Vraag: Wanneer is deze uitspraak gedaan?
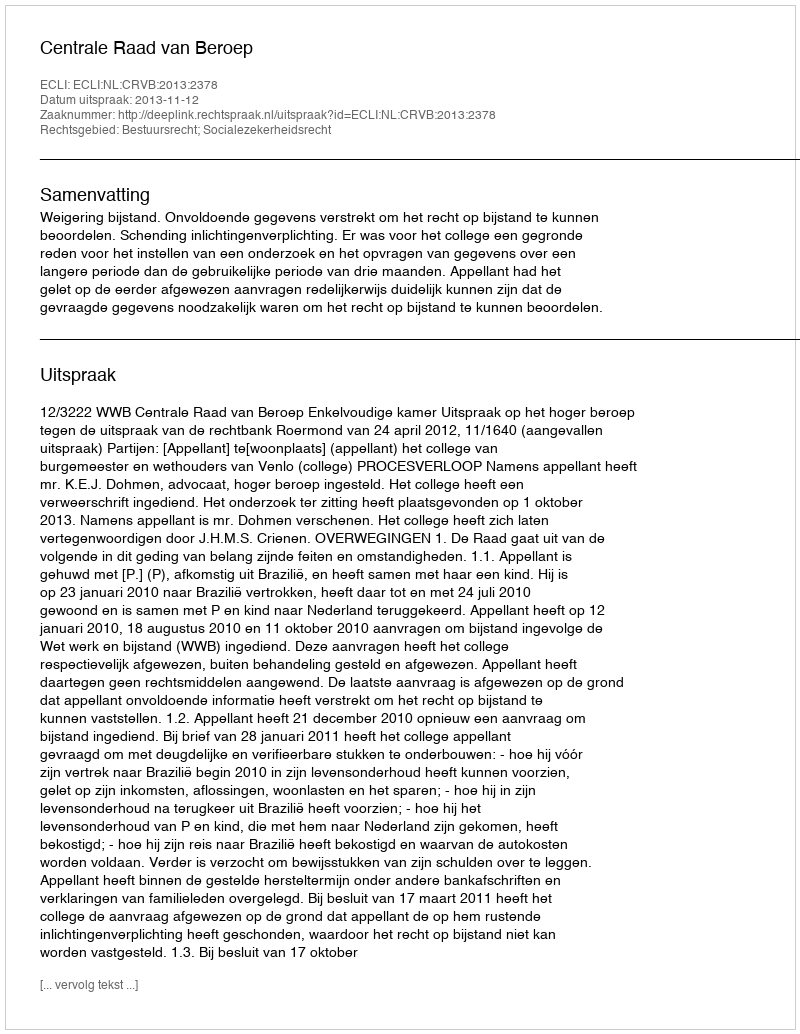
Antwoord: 2013-11-12